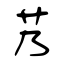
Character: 艿